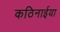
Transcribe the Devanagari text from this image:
कठिनाईया